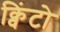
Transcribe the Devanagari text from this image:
क्विंटो